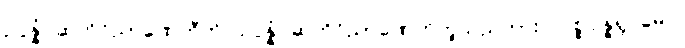
ဥပ္ပန္နံ ဆဟိဝိညာဏေဟီတိ၊ ဥပ္ပန္နံ ဆဟိဝိညာဏေဟိဟူသည်ကား။ ပစ္စုပ္ပန္နရူပမေဝ၊